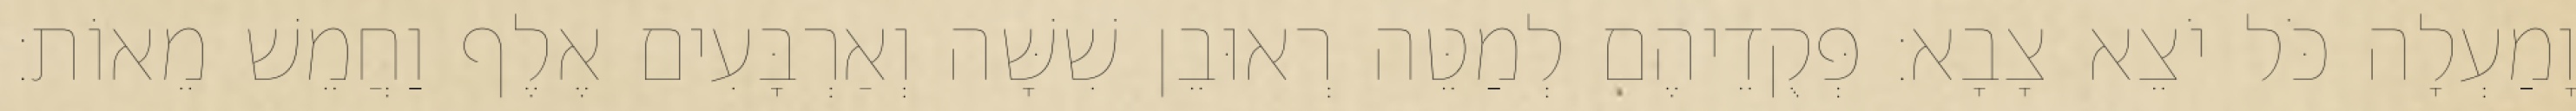
וָמַעְלָה כֹּל יֹצֵא צָבָא׃ פְּקֻדֵיהֶם לְמַטֵּה רְאוּבֵן שִׁשָּׁה וְאַרְבָּעִים אֶלֶף וַחֲמֵשׁ מֵאוֹת׃